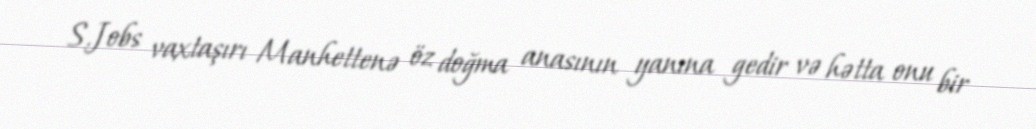
S.Jobs vaxtaşırı Manhettenə öz doğma anasının yanına gedir və hətta onu bir